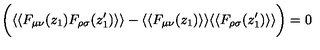
\bigg ( \langle \langle F _ { \mu \nu } ( z _ { 1 } ) F _ { \rho \sigma } ( z _ { 1 } ^ { \prime } ) \rangle \rangle - \langle \langle F _ { \mu \nu } ( z _ { 1 } ) \rangle \rangle \langle \langle F _ { \rho \sigma } ( z _ { 1 } ^ { \prime } ) \rangle \rangle \bigg ) = 0